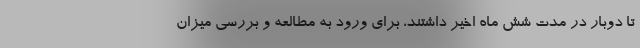
تا دوبار در مدت شش ماه اخیر داشتند، برای ورود به مطالعه و بررسی میزان